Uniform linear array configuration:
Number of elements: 4
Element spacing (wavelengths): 1
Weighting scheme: kaiser
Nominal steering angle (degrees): -30
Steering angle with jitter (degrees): -31.394
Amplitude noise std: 0.05
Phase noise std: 0.05

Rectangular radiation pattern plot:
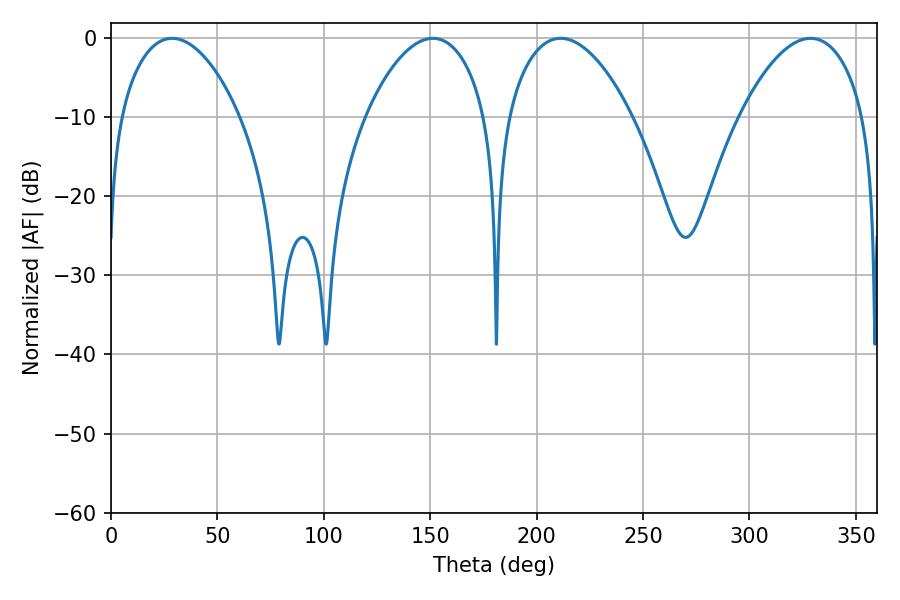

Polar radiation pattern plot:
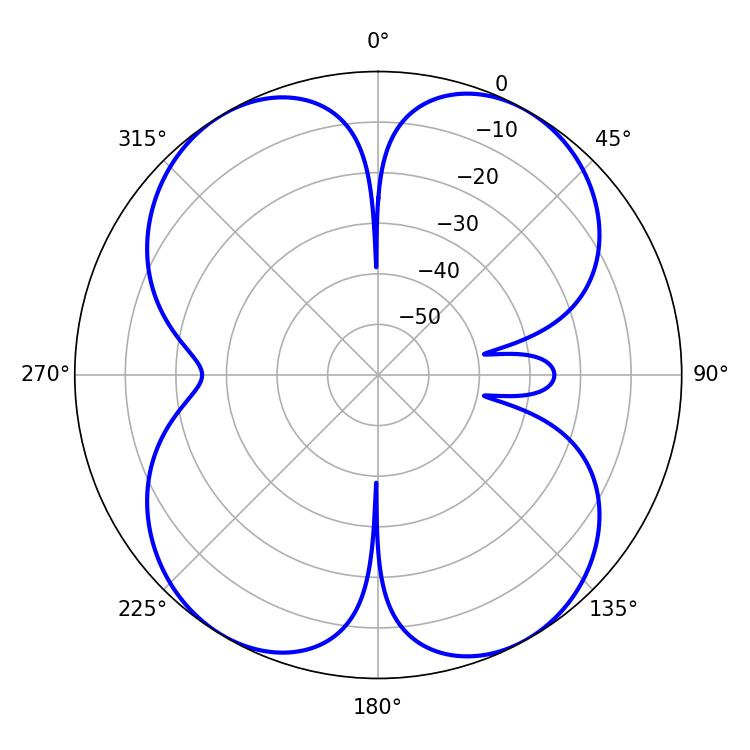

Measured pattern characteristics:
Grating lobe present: TRUE
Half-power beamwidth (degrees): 32.76
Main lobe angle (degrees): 211.32